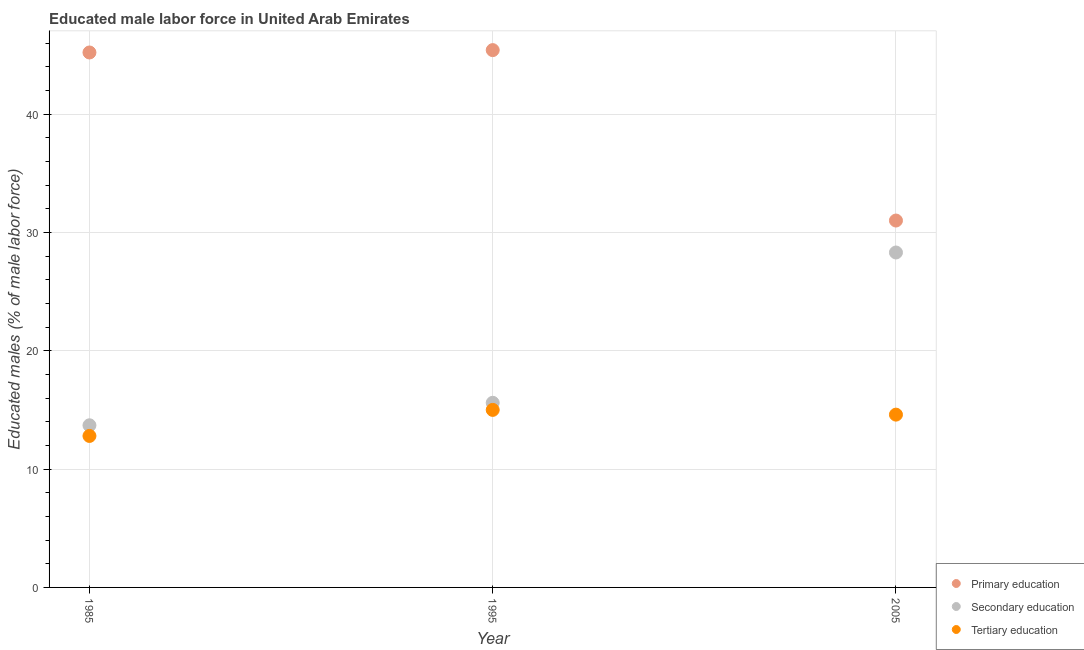
| Year | Primary education | Secondary education | Tertiary education |
 | --- | --- | --- | --- |
 | 1985 | 45.2 | 13.7 | 12.8 |
 | 1995 | 45.4 | 15.6 | 15 |
 | 2005 | 31 | 28.3 | 14.6 |